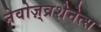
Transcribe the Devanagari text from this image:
नेवोज़्व्रशेनेत्स